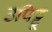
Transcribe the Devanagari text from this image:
उपिट्टू